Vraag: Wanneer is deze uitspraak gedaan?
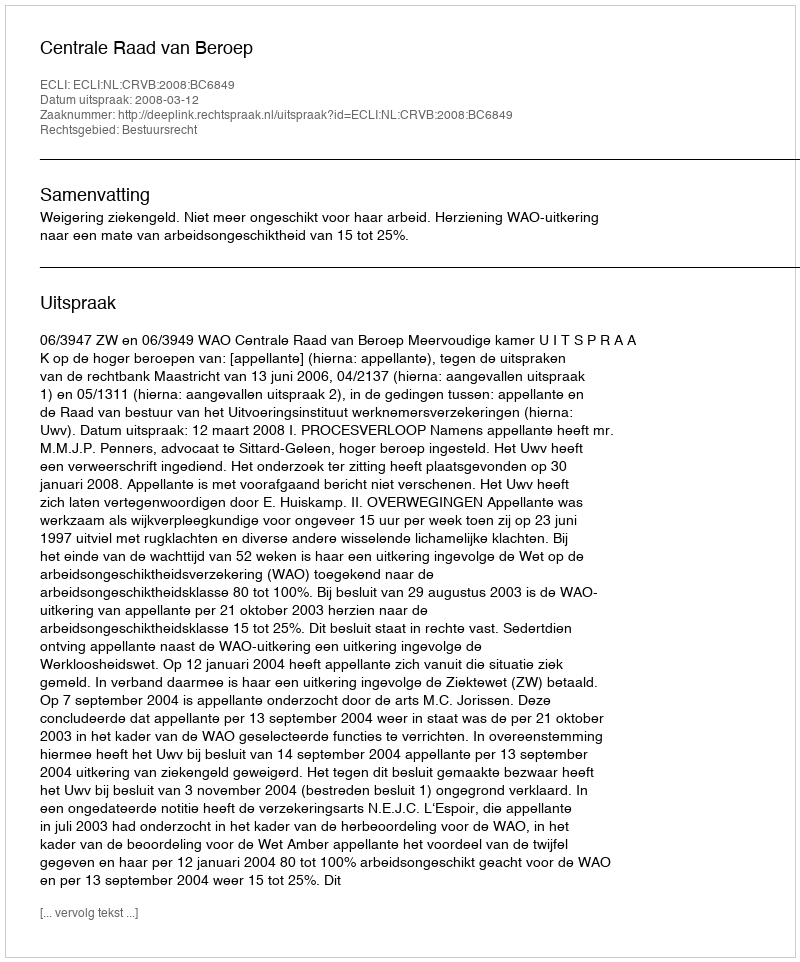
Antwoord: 2008-03-12